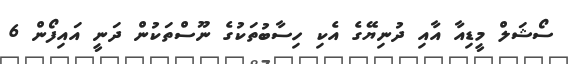
ސޯޝަލް މީޑިއާ އާއި ދުނިޔޭގެ އެކި ހިސާބުތަކުގެ ނޫސްތަކުން ދަނީ އައިފޯން 6